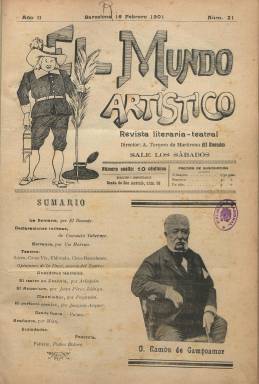
Título: El Mundo artístico
Colección: Literatura || Teatro
Ámbito geográfico: Barcelona
Lugar de publicación: Barcelona
Fechas: 16/02/1901-04/01/1902

“Revista literaria-teatral” es el subtítulo de este semanario, que aparecerá cada sábado, bajo la dirección del autor teatral nacido en Pamplona, en 1870, Alejandro Tornero de Martirena, durante su estancia en Barcelona, en donde ya había sido corresponsal de la revista zaragozana España ilustrada (1893) y había estrenado, en 1896, el sainete lírico La Bronca H. Más tarde, Tornero será autor de La niña bonita (1904) y de la zarzuela Pedro Botero. Precisamente, como folletín será difundida esta última obra como complemento de esta revista que dirige en la ciudad condal y que debió empezar a publicarla en septiembre de 1900, pues su colección en la Biblioteca Nacional de España (BNE) comienza en su segundo año de edición, con el número 21, correspondiente al 16 de febrero de 1901.

Sus entregas son de ocho páginas, compuestas a dos columnas, con una cubierta ocupada por un dibujo junto a su cabecera , el sumario y un grabado con el retrato de un escritor o una actriz o artista, con su correspondiente pie de foto, cubierta que a partir del número 30 estará estampada con tinta roja. Sus contenidos son dedicados especialmente a informar sobre la actividad teatral en Barcelona y otras ciudades y la de actores y actrices, así como a publicar algunos artículos sobre el teatro y su historia. Abundan los seudónimos bajo estos textos. La otra parte de sus contenidos son textos de creación literaria, tanto en prosa como en verso, firmados algunos por conocidos escritores. Entre estos aparecen Joaquín Arques, que publica El perfecto cómico, manual en doce lecciones y un prólogo; Salvador Rueda, que escribe sobre Sarah Bernardt; Sinesio Delgado, Juan Pérez Zúñiga, Luis Taboada o Luis del Arco, pero también Eduardo Sánchez de Castilla, Cátulo Méndez o Sixto Celorrio, entre otros.

Comienza cada entrega con la sección La semana, una especie de crónica firmada bajo el seudónimo El Duende, que corresponde a su director. Le sigue la sección Declaraciones íntimas, unas breves entrevistas a artistas de zarzuela, como Consuelo Taberner, Consuelo Mascaraque, Elvira Pinós o Julia Gómez, entre otras. Otras secciones son: Estrenos, firmada bajo el seudónimo Un Moreno y, después, Otro Moreno; Teatros, sobre la actividad en el Liceo, Tívoli, Novedades o Gran Vía de Barcelona; Madrileñas, sobre los teatros de la capital, y firmada por Paganini; Desde fuera, en la que se cuenta la actividad teatral en otras ciudades, como, por ejemplo, Palma de Mallorca, que firma su corresponsal Pedro S. Palmer; Sociedades, sobre la actividad de éstas tanto en Barcelona como en otras provincias; Arañazos, firmada por Miau, de estilo jocoso; Pacotilla, que son unas notas breves sobre compañías, empresas o actores; Anécdotas teatrales o Noticias musicales sobre sociedades filarmónicas. También tendrá otra sección de Toros y llegará a dar cuenta de la actividad teatral en La Habana.

La última plana de cada entrega está dedicada a anuncios comerciales y editó un número de doce páginas, que denomina extraordinario, y otras entregas serán de diez páginas. La revista fue estampada en el establecimiento de los impresores barceloneses Sabater y Clavero, y su última entrega corresponde a la del cuatro de enero de 1902 (número 64), en la que su director anuncia que, debido a las mejoras que piensa introducir, suspende temporalmente su publicación. No debió reaparecer.